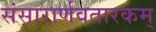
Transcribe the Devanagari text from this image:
संसारार्णवतारकम्